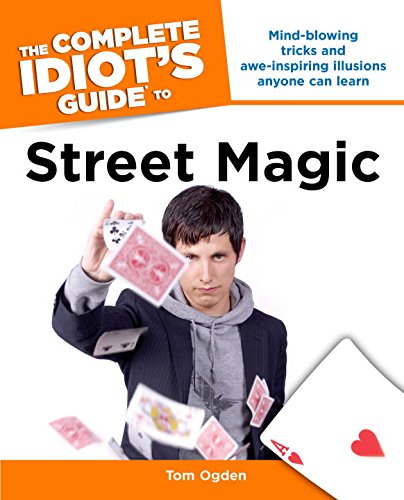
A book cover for The Complete Idiot's Guide to Street Magic (Complete Idiot's Guides (Lifestyle Paperback)); Tom Ogden; Humor & Entertainment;